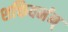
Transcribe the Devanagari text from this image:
शक्तिवर्मन्‌